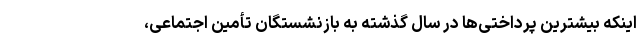
اینکه بیشترین پرداختی‌ها در سال گذشته به بازنشستگان تأمین اجتماعی،